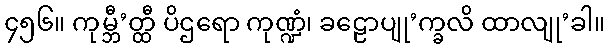
၄၅၆။ ကုမ္ဘီ’တ္ထီ ပိဌရော ကုဏ္ဍံ၊ ခဠောပျု’က္ခလိ ထာလျု’ခါ။